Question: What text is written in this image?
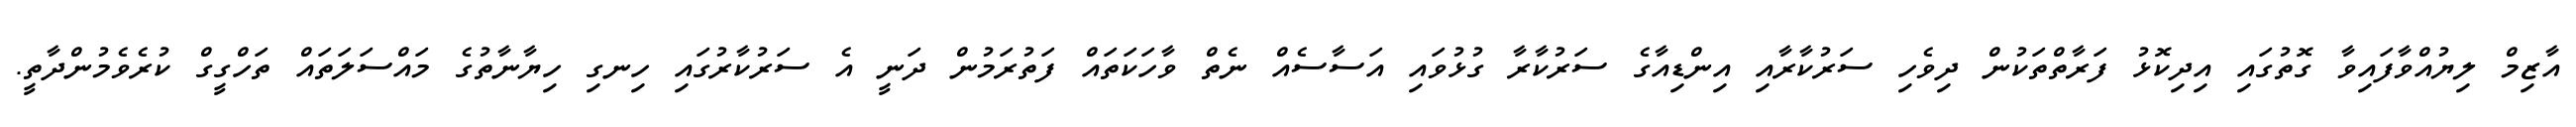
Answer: އާޒިމް ލިޔުއްވާފައިވާ ގޮތުގައި އިދިކޮޅު ފަރާތްތަކުން ދިވެހި ސަރުކާރާއި އިންޑިއާގެ ސަރުކާރާ ގުޅުވައި އަސާސެއް ނެތް ވާހަކަތައް ފަތުރަމުން ދަނީ އެ ސަރުކާރުގައި ހިނގި ހިޔާނާތުގެ މައްސަލަތައް ތަހްގީގް ކުރެވެމުންދާތީ.